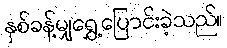
နှစ်ခန့်မျှရွှေ့ပြောင်းခဲ့သည်။